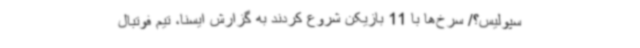
سپولیس؟/ سرخ‌ها با 11 بازیکن شروع کردند به گزارش ایسنا، تیم فوتبال